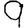
Digit: 9